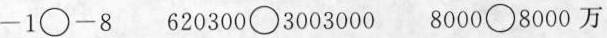
-1\bigcirc-8 620300\bigcirc3003000 8000\bigcirc8000万